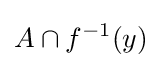
A\cap f^{-1}(y)